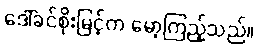
ဒေါ်ခင်စိုးမြင့်က မော့ကြည့်သည်။